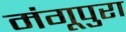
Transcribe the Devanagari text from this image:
मंगूपुरा